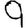
Digit: 9